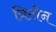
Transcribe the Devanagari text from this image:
त्रिटोन